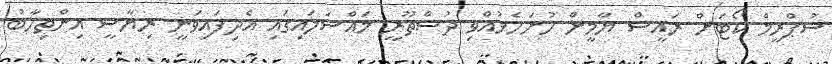
ސުޕްރީމް ކޯޓަށް ރައީސް ޔާމީން ހުށަހެޅުއްވި ދުސްތޫރީ މައްސަލައިގައި އެދިފައިވަނީ ރިޔާސީ އިންތިހާބު